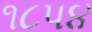
૧૮પ૪